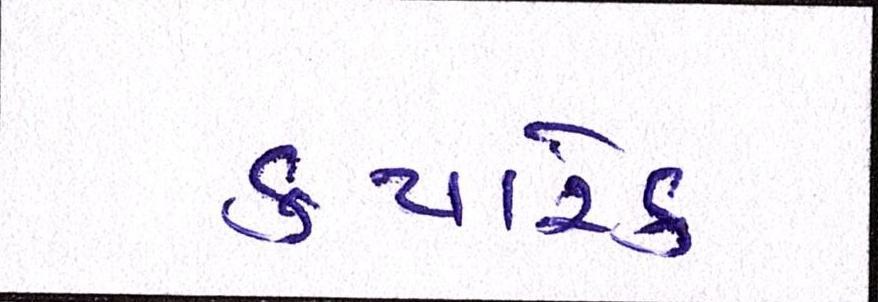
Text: ક્યારેક